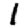
Digit: 1